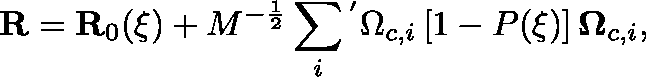
\mathbf { R } = \mathbf { R } _ { 0 } ( \xi ) + \mathbb { M } ^ { - \frac { 1 } { 2 } } \sum _ { i } { } ^ { ' } \Omega _ { c , i } \left[ 1 - \mathbb { P } ( \xi ) \right] \mathbf { \Omega } _ { c , i } ,